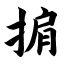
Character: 掮